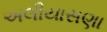
અલીયાસણા